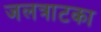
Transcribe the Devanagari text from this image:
जलत्राटका